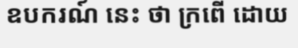
ឧបករណ៍ នេះ ថា ក្រពើ ដោយ